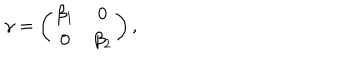
LaTeX: \gamma = \left( \begin{array} { c c } { { \beta _ { 1 } } } & { { 0 } } \\ { { 0 } } & { { \beta _ { 2 } } } \\ \end{array} \right) ,